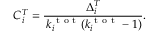
C _ { i } ^ { T } = \frac { \Delta _ { i } ^ { T } } { \, k _ { i } ^ { \mathrm { ~ t ~ o ~ t ~ } } ( k _ { i } ^ { \mathrm { ~ t ~ o ~ t ~ } } - 1 ) } .